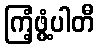
ကြံ့ဖွံ့ပါတီ